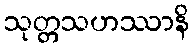
သုတ္တသဟဿာနိ